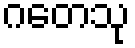
ဂတေသု